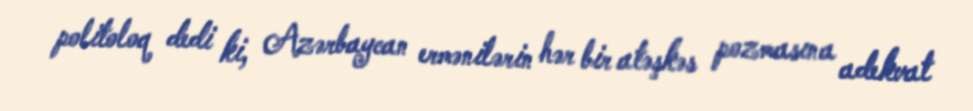
politoloq dedi ki, Azərbaycan ermənilərin hər bir atəşkəs pozmasına adekvat